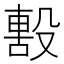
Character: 毄